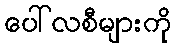
ပေါ်လစီများကို